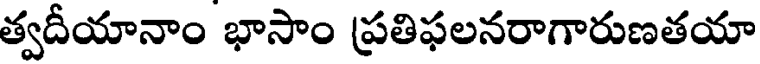
త్వదీయానాం భాసాం ప్రతిఫలనరాగారుణతయా